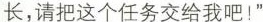
长，请把这个任务交给我吧！”